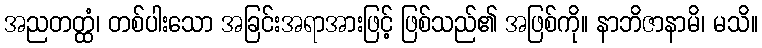
အညတတ္ထံ၊ တစ်ပါးသော အခြင်းအရာအားဖြင့် ဖြစ်သည်၏ အဖြစ်ကို။ နာဘိဇာနာမိ၊ မသိ။